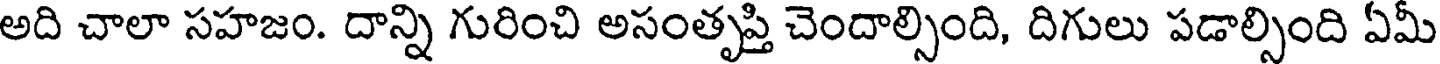
అది చాలా సహజం. దాన్ని గురించి అసంతృప్తి చెందాల్సింది, దిగులు పడాల్సింది ఏమీ